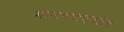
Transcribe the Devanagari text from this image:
मोजण्याएवढेच